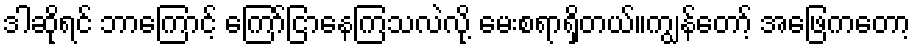
ဒါဆိုရင် ဘာကြောင့် ကြော်ငြာနေကြသလဲလို့ မေးစရာရှိတယ်။ကျွန်တော့် အဖြေကတော့